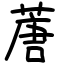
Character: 蓎